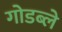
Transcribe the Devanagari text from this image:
गोडब्ले